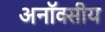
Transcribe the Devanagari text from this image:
अनॉक्सीय